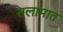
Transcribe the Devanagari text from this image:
सलामात